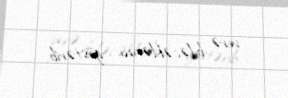
verə biləcəklərini göstərib.